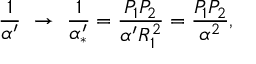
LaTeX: { \frac { 1 } { \alpha ^ { \prime } } } \ \to \ { \frac { 1 } { \alpha _ { * } ^ { \prime } } } = { \frac { P _ { 1 } P _ { 2 } } { \alpha ^ { \prime } R _ { 1 } ^ { 2 } } } = { \frac { P _ { 1 } P _ { 2 } } { \alpha ^ { 2 } } } ,